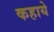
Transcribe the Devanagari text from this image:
कहाये